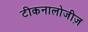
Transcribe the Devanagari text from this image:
टीकनालोजीज़